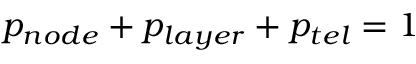
p _ { n o d e } + p _ { l a y e r } + { p _ { t e l } } = 1